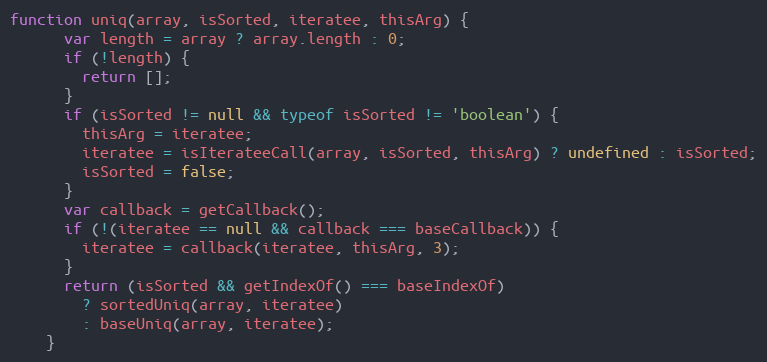
Language: JavaScript
function uniq(array, isSorted, iteratee, thisArg) {
      var length = array ? array.length : 0;
      if (!length) {
        return [];
      }
      if (isSorted != null && typeof isSorted != 'boolean') {
        thisArg = iteratee;
        iteratee = isIterateeCall(array, isSorted, thisArg) ? undefined : isSorted;
        isSorted = false;
      }
      var callback = getCallback();
      if (!(iteratee == null && callback === baseCallback)) {
        iteratee = callback(iteratee, thisArg, 3);
      }
      return (isSorted && getIndexOf() === baseIndexOf)
        ? sortedUniq(array, iteratee)
        : baseUniq(array, iteratee);
    }